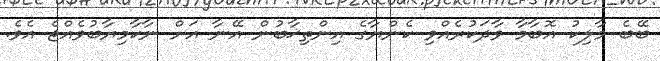
ބޭބެ މާލިކު އޮބާމާ ވާދަކުރެއްވި ކެންޔާގެ އިންތިޚާބުން އޭނާ އަށް ނާކާމިޔާބުވެއްޖެ އެވެ.